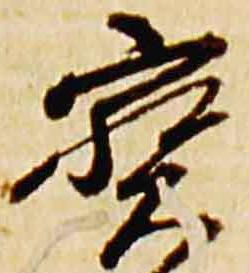
宝